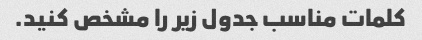
کلمات مناسب جدول زیر را مشخص کنید.